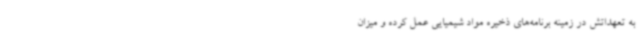
به تعهداتش در زمینه برنامه‌های ذخیره مواد شیمیایی عمل کرده و میزان